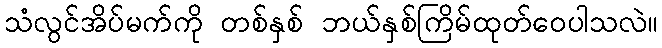
သံလွင်အိပ်မက်ကို တစ်နှစ် ဘယ်နှစ်ကြိမ်ထုတ်ဝေပါသလဲ။